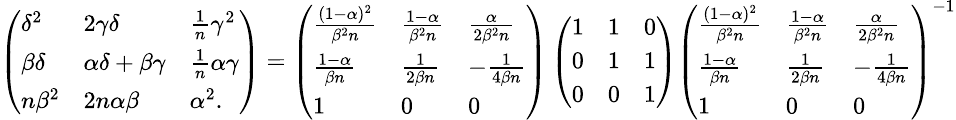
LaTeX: \small\left(\begin{array}{lll}{\delta^{2}}&{2\gamma\delta}&{\frac{1}{n}\gamma^{2}}\\ {\beta\delta}&{\alpha\delta+\beta\gamma}&{\frac{1}{n}\alpha\gamma}\\ {n\beta^{2}}&{2n\alpha\beta}&{\alpha^{2}.}\end{array}\right)=\left(\begin{array}{lll}{\frac{(1-\alpha)^{2}}{\beta^{2}n}}&{\frac{1-\alpha}{\beta^{2}n}}&{\frac{\alpha}{2\beta^{2}n}}\\ {\frac{1-\alpha}{\beta n}}&{\frac{1}{2\beta n}}&{-\frac{1}{4\beta n}}\\ {1}&{0}&{0}\end{array}\right)\left(\begin{array}{lll}{1}&{1}&{0}\\ {0}&{1}&{1}\\ {0}&{0}&{1}\end{array}\right)\left(\begin{array}{lll}{\frac{(1-\alpha)^{2}}{\beta^{2}n}}&{\frac{1-\alpha}{\beta^{2}n}}&{\frac{\alpha}{2\beta^{2}n}}\\ {\frac{1-\alpha}{\beta n}}&{\frac{1}{2\beta n}}&{-\frac{1}{4\beta n}}\\ {1}&{0}&{0}\end{array}\right)^{-1}